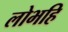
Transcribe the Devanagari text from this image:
लोभहि